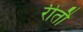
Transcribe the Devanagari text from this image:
रीतौ